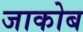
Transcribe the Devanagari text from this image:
जाकोब